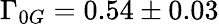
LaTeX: \Gamma_{0G}=0.54\pm 0.03